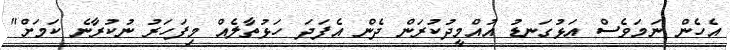
އެހެން ނަމަވެސް އަޅުގަނޑު އުއްމީދުކުރަން ދެން އެފަދަ ހަޅުތާލެއް މިފަހަރު ނުކުރާނެ ކަމަށް"